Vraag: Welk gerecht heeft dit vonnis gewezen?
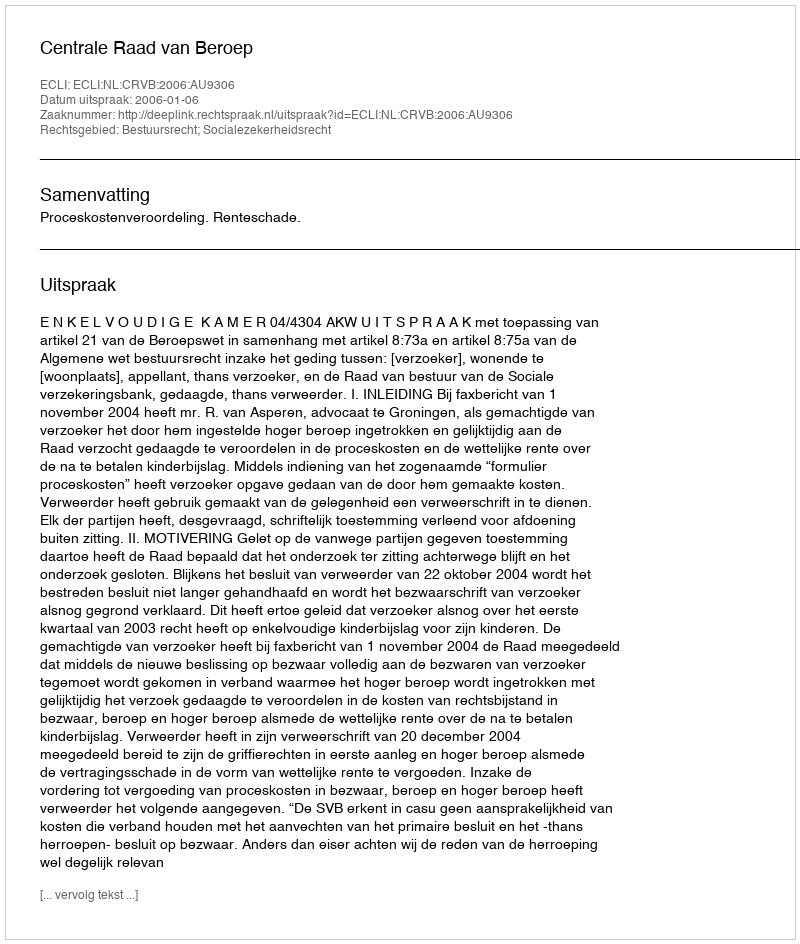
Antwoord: Centrale Raad van Beroep